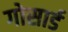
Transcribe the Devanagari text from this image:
गोसार्ड